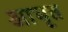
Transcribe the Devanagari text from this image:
आघृत